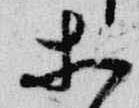
等